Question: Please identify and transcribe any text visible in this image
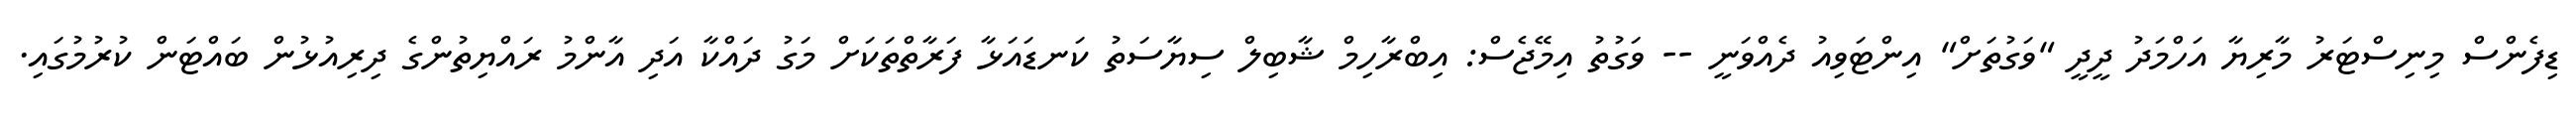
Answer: ޑިފެންސް މިނިސްޓަރު މާރިޔާ އަހްމަދު ދީދީ "ވަގުތަށް" އިންޓަވިއު ދެއްވަނީ -- ވަގުތު އިމޭޖެސް: އިބްރާހިމް ޝާބިލް ސިޔާސަތު ކަނޑައަޅާ ފަރާތްތަކަށް މަގު ދައްކާ އަދި އާންމު ރައްޔިތުންގެ ދިރިއުޅުން ބައްޓަން ކުރުމުގައި.